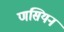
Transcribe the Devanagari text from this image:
णसियन